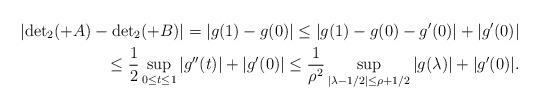
LaTeX: \begin{align*}|{\det}_2 ( +A)-{\det}_2 ( +B)|=|g(1)-g(0)|\leq |g(1)-g(0)-g'(0)|+|g'(0)|\\ \leq\frac{1}{2}\sup_{0\leq t\leq 1}|g''(t)|+|g'(0)|\leq\frac{1}{\rho^2}\sup_{|\lambda-1/2|\leq\rho+1/2}|g(\lambda)|+|g'(0)|.\end{align*}